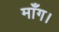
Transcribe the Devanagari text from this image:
माँग।